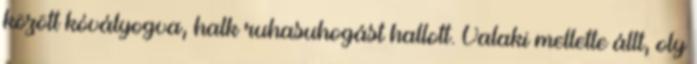
között kóvályogva, halk ruhasuhogást hallott. Valaki mellette állt, oly